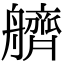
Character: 艩